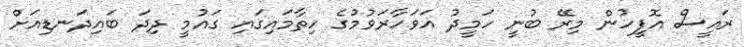
ރައީސް އޮފީހުން މިރޭ ބުނީ ހަމީދު އަވަހާރަވުމުގެ ހިތާމައިގައި ގައުމީ ދިދަ ބައިދަނޑިއަށް